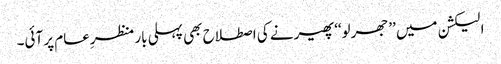
الیکشن میں ’’جھرلو‘‘ پھیرنے کی اصطلاح بھی پہلی بار منظرِعام پر آئی۔